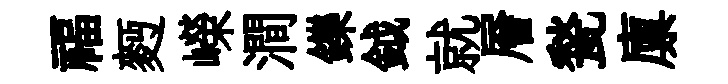
福麪嶸澗鑠鉞就層甃廪